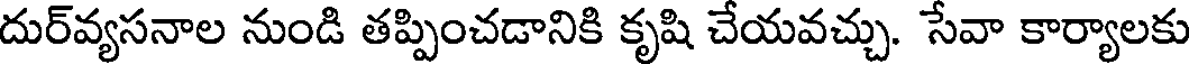
దుర్వ్యసనాల నుండి తప్పించడానికి కృషి చేయవచ్చు. సేవా కార్యాలకు